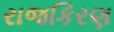
રાજકિરણ